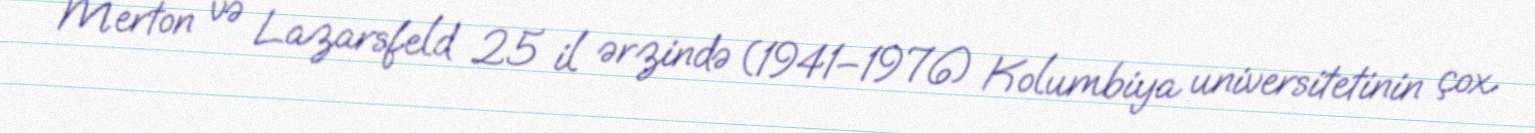
Merton və Lazarsfeld 25 il ərzində (1941–1976) Kolumbiya universitetinin çox